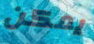
يمكن